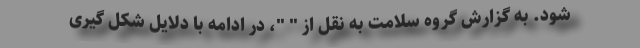
شود. به گزارش گروه سلامت به نقل از " "، در ادامه با دلایل شکل گیری